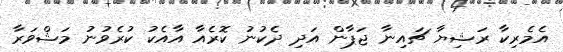
އެމެރިކާ ރަޝިޔާ ޗައިނާ ޖަޕާން އަދި ދެކުނު ކޮރެއާ އާއެކު ކުރެވުނު މަޝްވަރާ